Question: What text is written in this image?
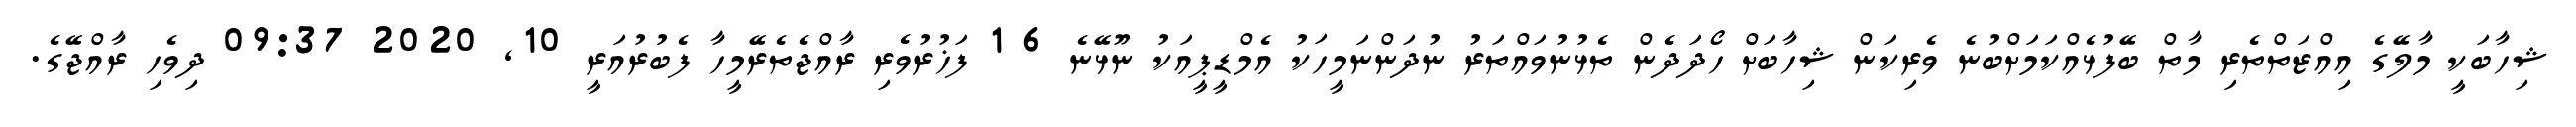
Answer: ޝިހާބަކީ މާލޭގެ އިއްޒަތްތެރި މާތް ބޭފުޅެއްކަމަށްބުނެ ވެރިކަން ޝިހާބަށް ހޯދަދެން ތެޅުނުވައްތަރު ނުދަންނަމީހަކު އެމްޑީޕީއަކު ނޫޅޭނެ 6 1 ފަޚުރުވެރި ރާއްޖެތެރޭމީހާ ފެބުރުއަރީ 10, 2020 09:37 ދިވެހި ރާއްޖޭގެ.